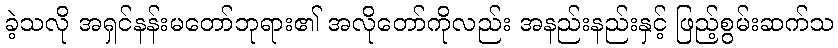
ခဲ့သလို အရှင်နန်းမတော်ဘုရား၏ အလိုတော်ကိုလည်း အနည်းနည်းနှင့် ဖြည့်စွမ်းဆက်သ